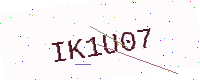
Text: IK1U07